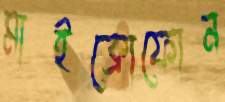
মাইক্রোফোন